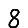
Digit: 8